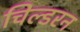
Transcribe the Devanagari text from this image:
चिल्डरन